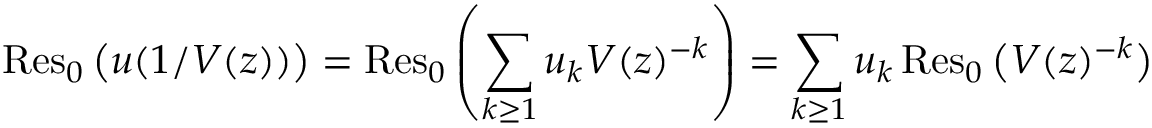
\operatorname { R e s } _ { 0 } { \big ( } u ( 1 / V ( z ) ) { \big ) } = \operatorname { R e s } _ { 0 } \left( \sum _ { k \geq 1 } u _ { k } V ( z ) ^ { - k } \right) = \sum _ { k \geq 1 } u _ { k } \operatorname { R e s } _ { 0 } { \big ( } V ( z ) ^ { - k } { \big ) }